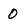
Character: 0